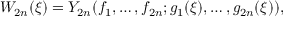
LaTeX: W _ { 2 n } ( \xi ) = Y _ { 2 n } ( f _ { 1 } , \ldots , f _ { 2 n } ; g _ { 1 } ( \xi ) , \ldots , g _ { 2 n } ( \xi ) ) ,